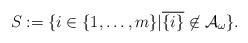
LaTeX: \begin{align*}S:=\{i\in \{1,\ldots,m\}|\overline{\{i\}}\not\in \mathcal A_\omega\}.\end{align*}